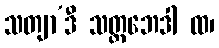
သတျာ’ဒီ သတ္ထဘေဒါ ထ၊